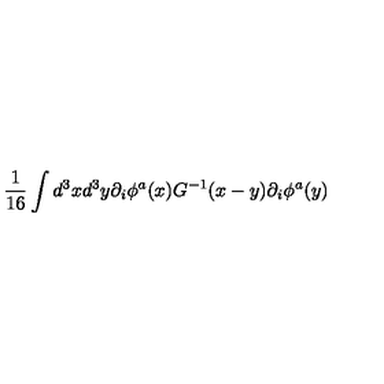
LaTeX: { \frac { 1 } { 1 6 } } \int d ^ { 3 } x d ^ { 3 } y \partial _ { i } \phi ^ { a } ( x ) G ^ { - 1 } ( x - y ) \partial _ { i } \phi ^ { a } ( y )